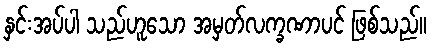
နှင်းအပ်ပါ သည်ဟူသော အမှတ်လက္ခဏာပင် ဖြစ်သည်။